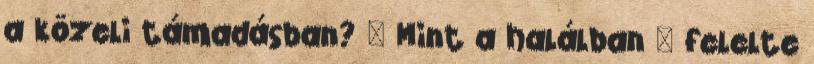
a közeli támadásban? – Mint a halálban – felelte